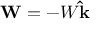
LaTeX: \mathbf { W } = - W \mathbf { \hat { k } }